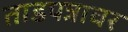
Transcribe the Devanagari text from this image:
ताडपत्रावर